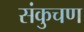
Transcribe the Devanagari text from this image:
संकुचण